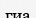
гиа